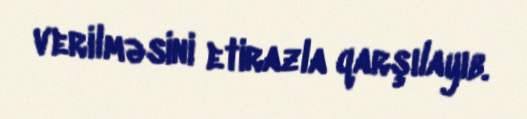
verilməsini etirazla qarşılayıb.